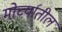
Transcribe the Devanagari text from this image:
मोर्च्यातील